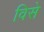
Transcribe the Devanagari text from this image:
विसे